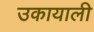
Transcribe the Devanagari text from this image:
उकायाली